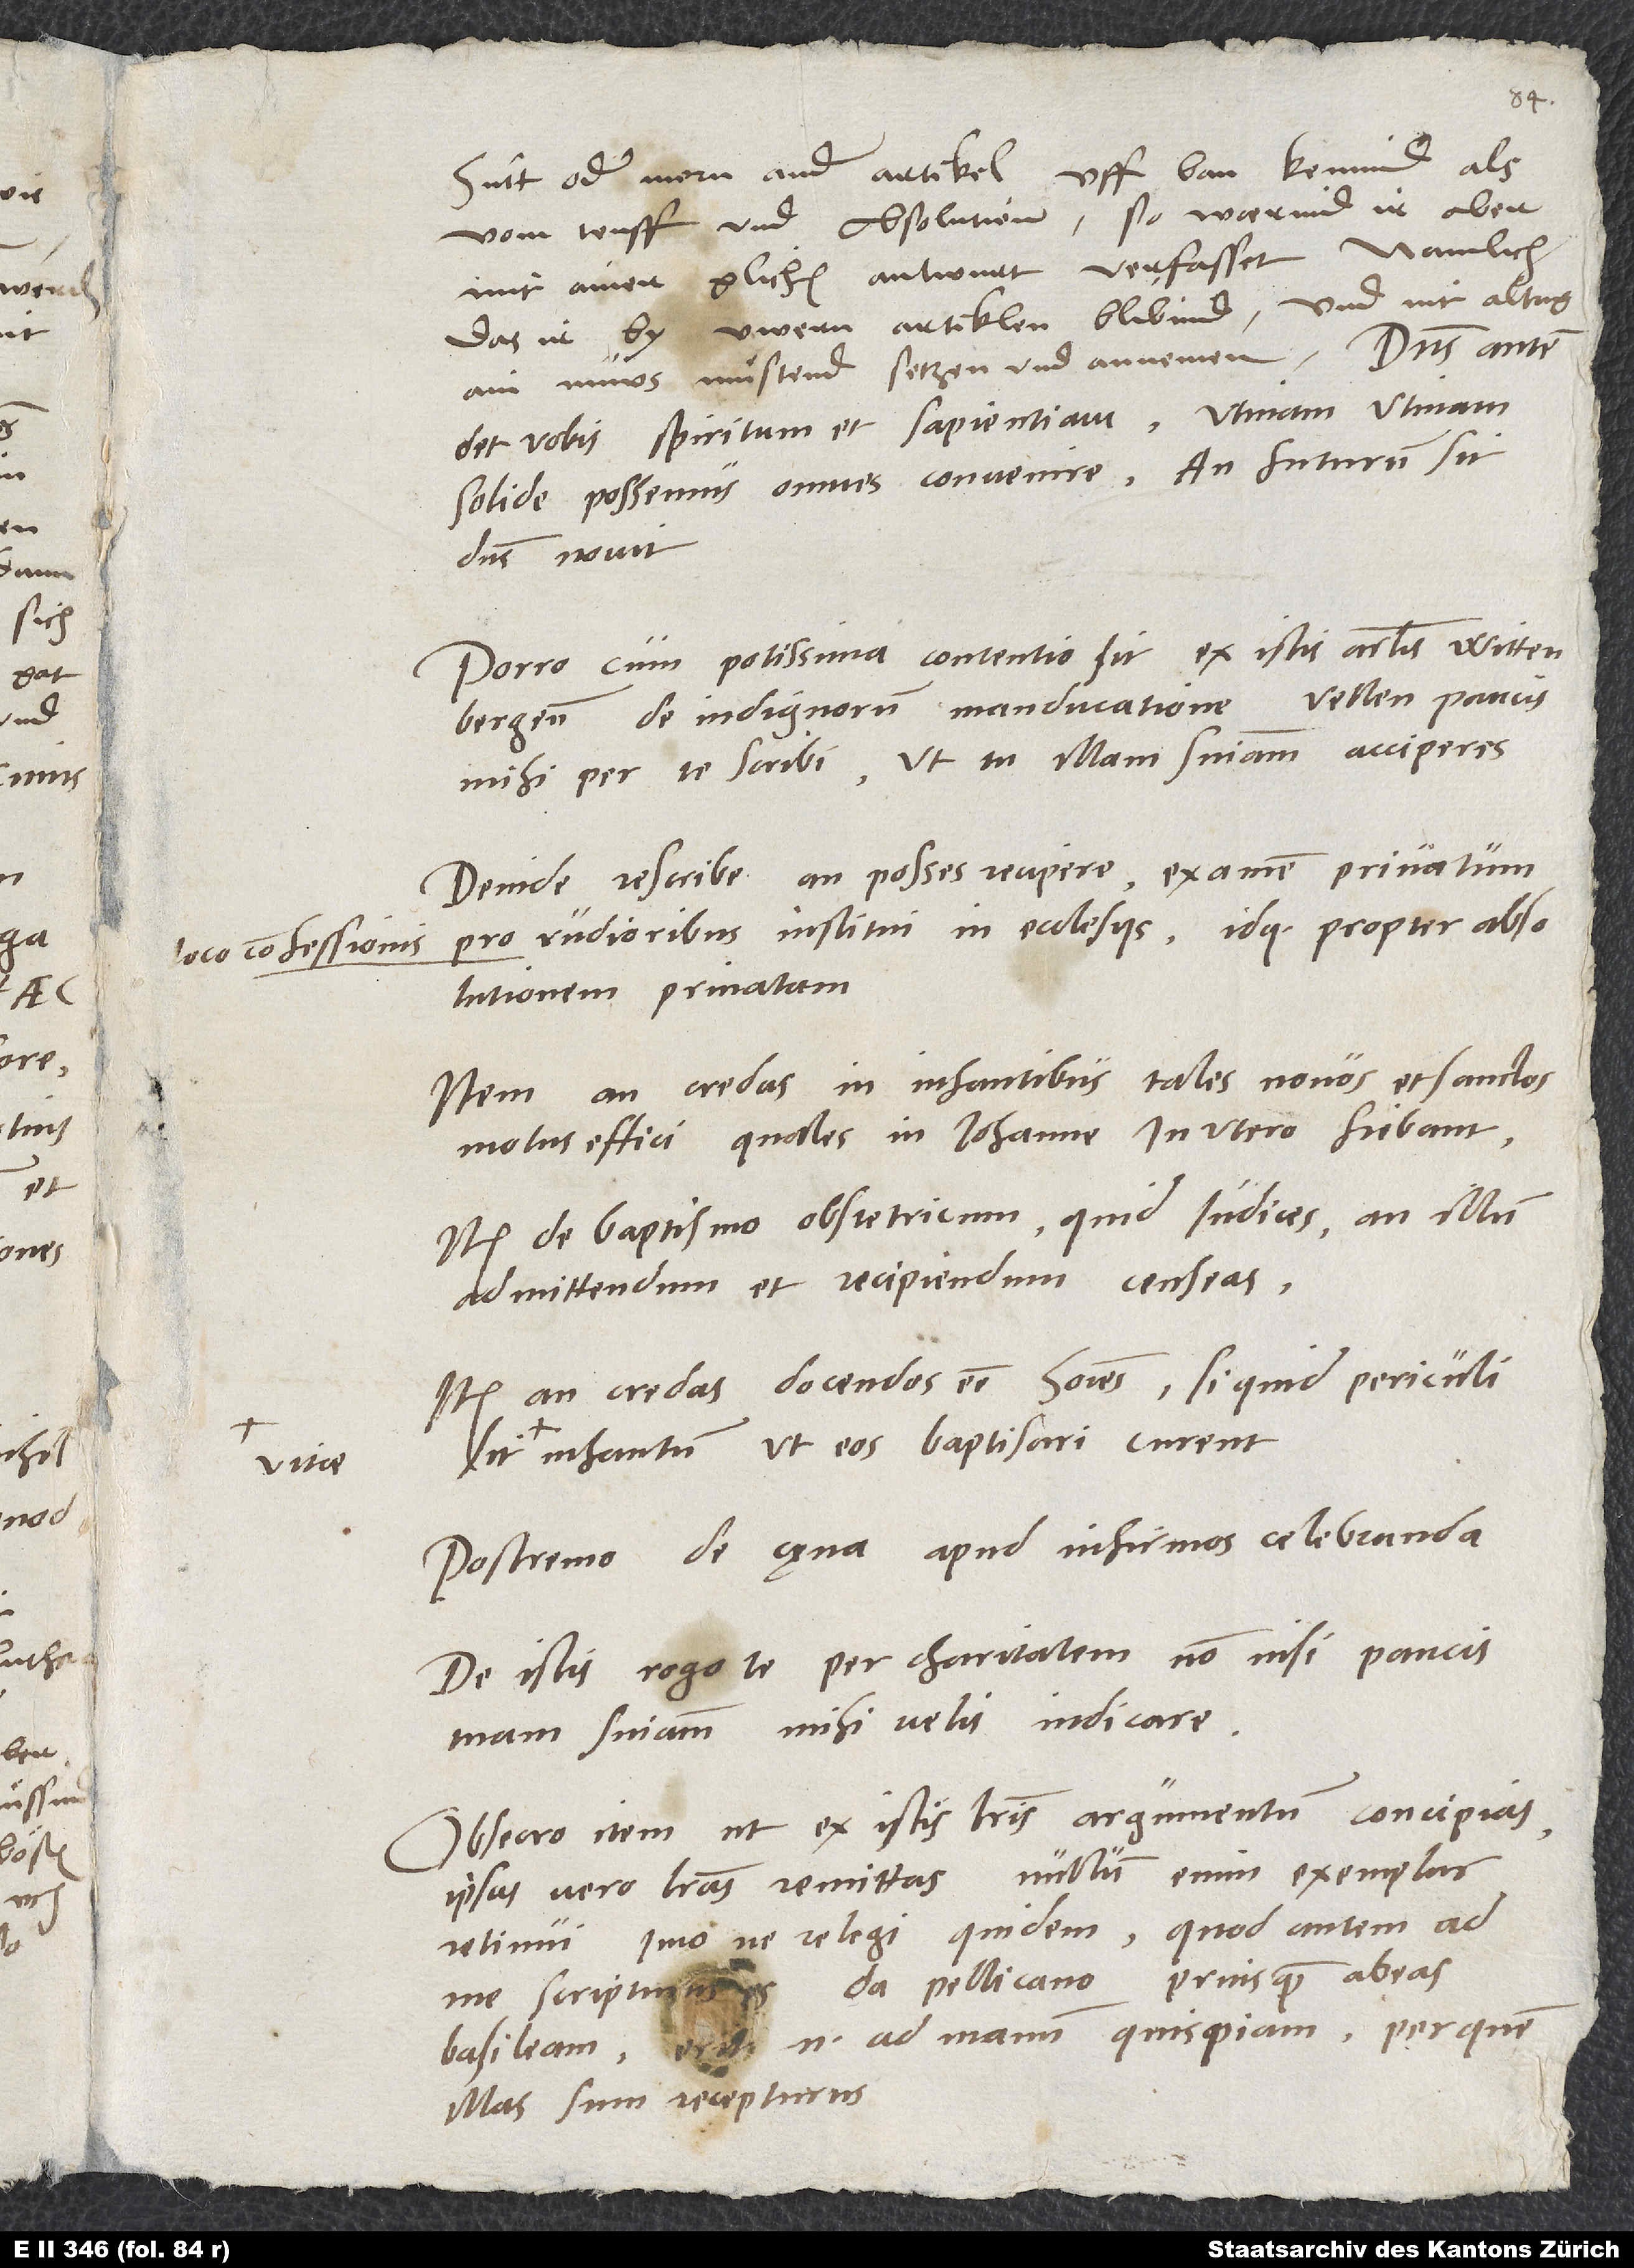
vitae

vom touff und absolution, so warind
mit ainer glichen antwurt verfasset, namlich,
by uwern artiklen blibind und nit altag
ain nüws muͤstend setzen und annemen.
solide possemus omnes convenire! An futurum sit,
dominus novit.
Porro, cum Potissima contentio sit ex istis articulis
de indignorum manducatione, vellem paucis
Deinde rescribe, an posses recipere examen privatum
pro rudioribus institui in ecclesiis idque propter absolutionem
Item an credas in infantibus tales novos et sanctos
effici, quales in Johanne in utero scribant.
Item de baptismo obstetricum quid iudices, an illum
admittendum et recipiendum censeas.
Item an credas docendos esse homines, si quid periculi
infantum, ut eos baptisari curent.
Postremo de cęna apud infirmos celebranda.
De istis rogo te per charitatem, non nisi paucis
sententiam mihi velis indicare.
Obsecro item, ut ex istis literis argumentum concipias,
retinui, imo ne relegi quidem. Quod autem ad
me scripturus es, da Pellicano, priusquam abeas
Basileam. Erit enim ad manum quispiam, per quem